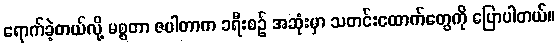
ရောက်ခဲ့တယ်လို့ မစ္စတာ ဇပါတာက ခရီးစဉ် အဆုံးမှာ သတင်းထောက်တွေကို ပြောပါတယ်။